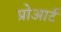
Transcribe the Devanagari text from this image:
प्रोआर्ट